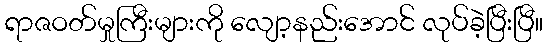
ရာဇဝတ်မှုကြီးများကို လျော့နည်းအောင် လုပ်ခဲ့ပြီးပြီ။